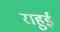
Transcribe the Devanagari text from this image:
राहुई